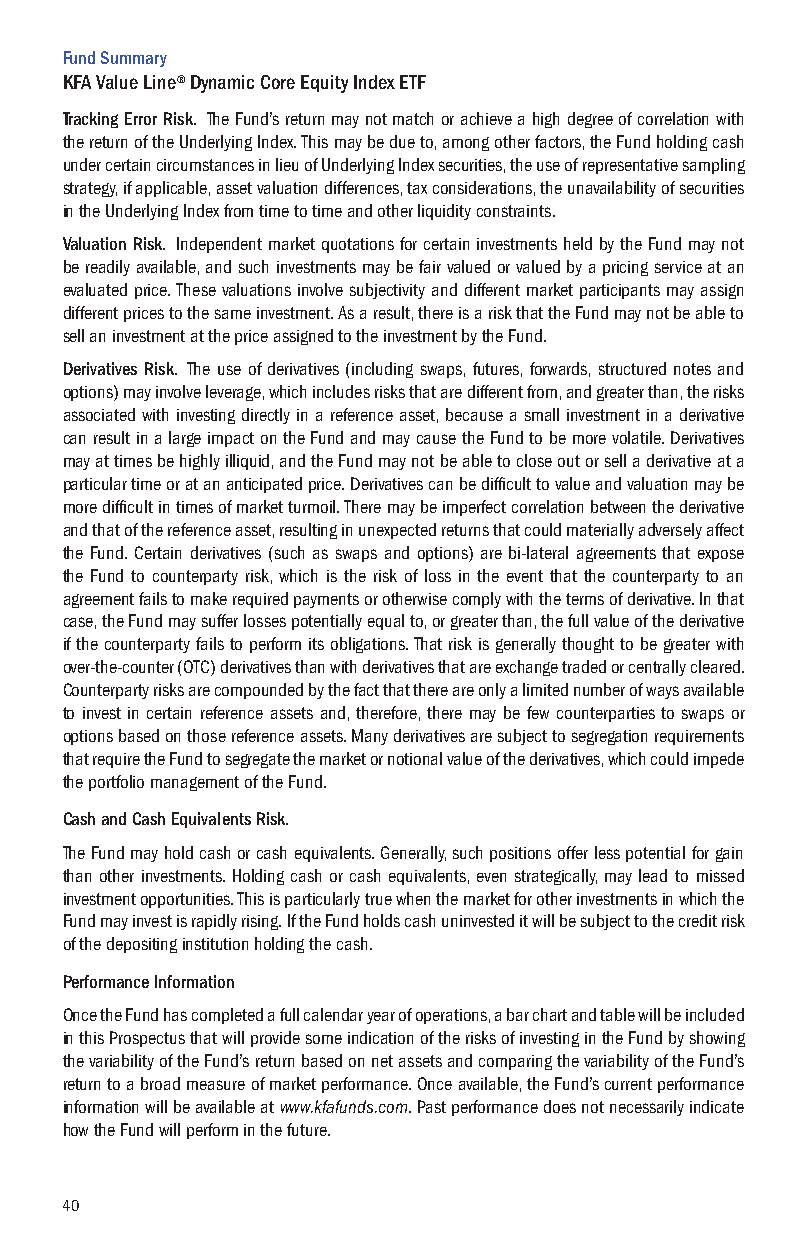
Fund Summary
 KFA Value Line® Dynamic Core Equity Index ETF
 Tracking Error Risk. The Fund’s return may not match or achieve a high degree of correlation with
 the return of the Underlying Index. This may be due to, among other factors, the Fund holding cash
 under certain circumstances in lieu of Underlying Index securities, the use of representative sampling
 strategy, if applicable, asset valuation differences, tax considerations, the unavailability of securities
 in the Underlying Index from time to time and other liquidity constraints.
 Valuation Risk. Independent market quotations for certain investments held by the Fund may not
 be readily available, and such investments may be fair valued or valued by a pricing service at an
 evaluated price. These valuations involve subjectivity and different market participants may assign
 different prices to the same investment. As a result, there is a risk that the Fund may not be able to
 sell an investment at the price assigned to the investment by the Fund.
 Derivatives Risk. The use of derivatives (including swaps, futures, forwards, structured notes and
 options) may involve leverage, which includes risks that are different from, and greater than, the risks
 associated with investing directly in a reference asset, because a small investment in a derivative
 can result in a large impact on the Fund and may cause the Fund to be more volatile. Derivatives
 may at times be highly illiquid, and the Fund may not be able to close out or sell a derivative at a
 particular time or at an anticipated price. Derivatives can be difficult to value and valuation may be
 more difficult in times of market turmoil. There may be imperfect correlation between the derivative
 and that of the reference asset, resulting in unexpected returns that could materially adversely affect
 the Fund. Certain derivatives (such as swaps and options) are bi-lateral agreements that expose
 the Fund to counterparty risk, which is the risk of loss in the event that the counterparty to an
 agreement fails to make required payments or otherwise comply with the terms of derivative. In that
 case, the Fund may suffer losses potentially equal to, or greater than, the full value of the derivative
 if the counterparty fails to perform its obligations. That risk is generally thought to be greater with
 over-the-counter (OTC) derivatives than with derivatives that are exchange traded or centrally cleared.
 Counterparty risks are compounded by the fact that there are only a limited number of ways available
 to invest in certain reference assets and, therefore, there may be few counterparties to swaps or
 options based on those reference assets. Many derivatives are subject to segregation requirements
 that require the Fund to segregate the market or notional value of the derivatives, which could impede
 the portfolio management of the Fund.
 Cash and Cash Equivalents Risk.
 The Fund may hold cash or cash equivalents. Generally, such positions offer less potential for gain
 than other investments. Holding cash or cash equivalents, even strategically, may lead to missed
 investment opportunities. This is particularly true when the market for other investments in which the
 Fund may invest is rapidly rising. If the Fund holds cash uninvested it will be subject to the credit risk
 of the depositing institution holding the cash.
 Performance Information
 Once the Fund has completed a full calendar year of operations, a bar chart and table will be included
 in this Prospectus that will provide some indication of the risks of investing in the Fund by showing
 the variability of the Fund’s return based on net assets and comparing the variability of the Fund’s
 return to a broad measure of market performance. Once available, the Fund’s current performance
 information will be available at www.kfafunds.com. Past performance does not necessarily indicate
 how the Fund will perform in the future.
 40